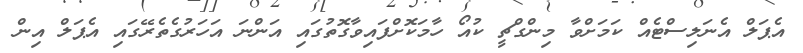
އެޕަލް އެނަލިސްޓެއް ކަމަށްވާ މިންގްޗީ ކުއޯ ހާމަކޮށްފައިވާގޮތުގައި އަންނަ އަހަރުގެތެރޭގައި އެޕަލް އިން